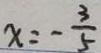
x = - \frac { 3 } { 5 }